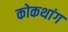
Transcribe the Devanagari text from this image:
कोकथांग